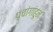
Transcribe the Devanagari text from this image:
पंचांगांहून